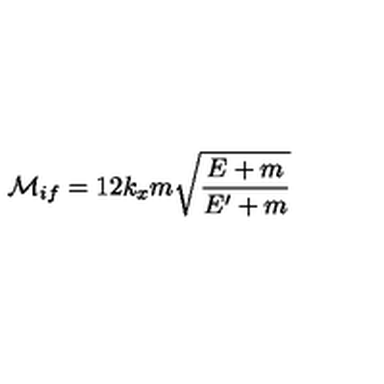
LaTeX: { \cal { M } } _ { i f } = 1 2 k _ { x } m \sqrt { \frac { E + m } { E ^ { \prime } + m } }